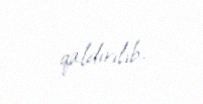
qaldırılıb.